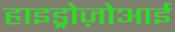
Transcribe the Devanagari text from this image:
हाइड्रोज़ोआई